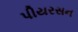
પીયરસન